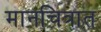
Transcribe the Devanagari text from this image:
मानचित्रात